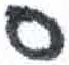
אות: ס